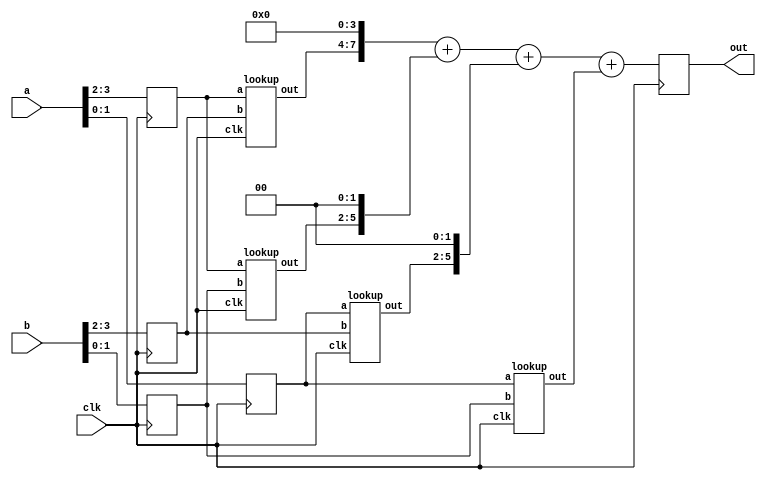
module mult4x4(out,a,b,clk);
output[7:0] out;
input[3:0] a,b;
input clk;
reg[7:0] out;
reg[1:0] firsta,firstb;
reg[1:0] seconda,secondb;
wire[3:0] outa,outb,outc,outd;
always @(posedge clk)
begin
firsta = a[3:2]; seconda = a[1:0];
firstb = b[3:2]; secondb = b[1:0];
end
lookup m1(outa,firsta,firstb,clk),
m2(outb,firsta,secondb,clk),
m3(outc,seconda,firstb,clk),
m4(outd,seconda,secondb,clk); //
always @(posedge clk)
begin
out = (outa << 4) + (outb << 2) + (outc << 2) + outd;
end
endmodule
module lookup(out,a,b,clk); //22 
output[3:0] out;
input[1:0] a,b;
input clk;
reg[3:0] out;
reg[3:0] address;
always @(posedge clk)
begin
address = {a,b};
case(address)
4'h0 : out = 4 'b0000;
4'h1 : out = 4'b0000;
4'h2 : out = 4'b0000;
4'h3 : out = 4'b0000;
4'h4 : out = 4'b0000;
4'h5 : out = 4'b0001;
4'h6 : out = 4'b0010;
4'h7 : out = 4'b0011;
4'h8 : out = 4'b0000;
4'h9 : out = 4'b0010;
4'ha : out = 4'b0100;
4'hb : out = 4'b0110;
4'hc : out = 4'b0000;
4'hd : out = 4'b0011;
4'he : out = 4'b0110;
4'hf : out = 4'b1001;
default : out='bx;
endcase
end
endmodule